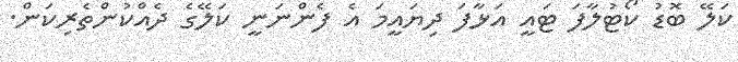
ކަލޭ ބޮޑު ކޯޓުލާފަ ޓައީ އަޅާފަ ދިޔައީމަ އެ ފެންނަނީ ކަލޭގެ ދެއްކުންތެރިކަން.